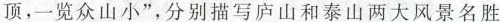
顶，一览众山小”，分别描写庐山和泰山两大风景名胜